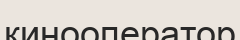
кинооператор